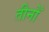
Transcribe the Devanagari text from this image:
तीनोँ